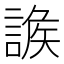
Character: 𧩩